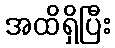
အထိရှိပြီး